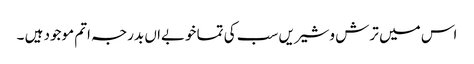
اس میں ترش وشیریں سب کی تما خوبےاں بدرجہ اتم موجود ہیں ۔